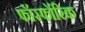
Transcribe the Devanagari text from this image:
फॉस्फॉरिक